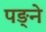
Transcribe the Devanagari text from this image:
पङ्ने